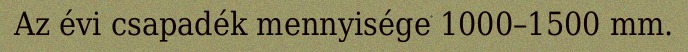
Az évi csapadék mennyisége 1000–1500 mm.